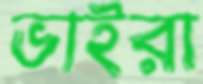
ভাইরা